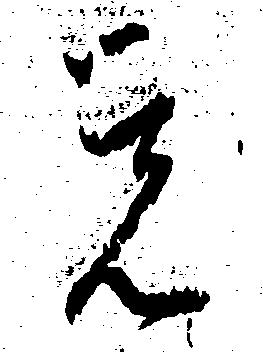
覚